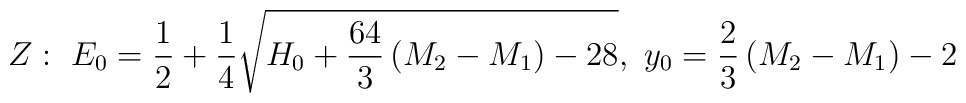
Z:~E_0={1\over 2}+{1\over 4}\sqrt{H_0+{64\over 3}\left(M_2-M_1\right)-28},~y_0={2\over 3}\left(M_2-M_1\right)-2